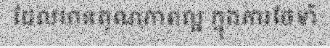
ដែលមានគុណភាពល្អ ក្នុងការថែទាំ